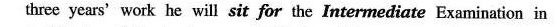
three years'work he will sit for the Intermediate Examination in